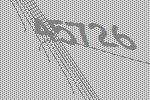
45726